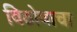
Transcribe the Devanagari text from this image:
विठोबाचा